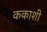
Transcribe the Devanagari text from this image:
ककाशी